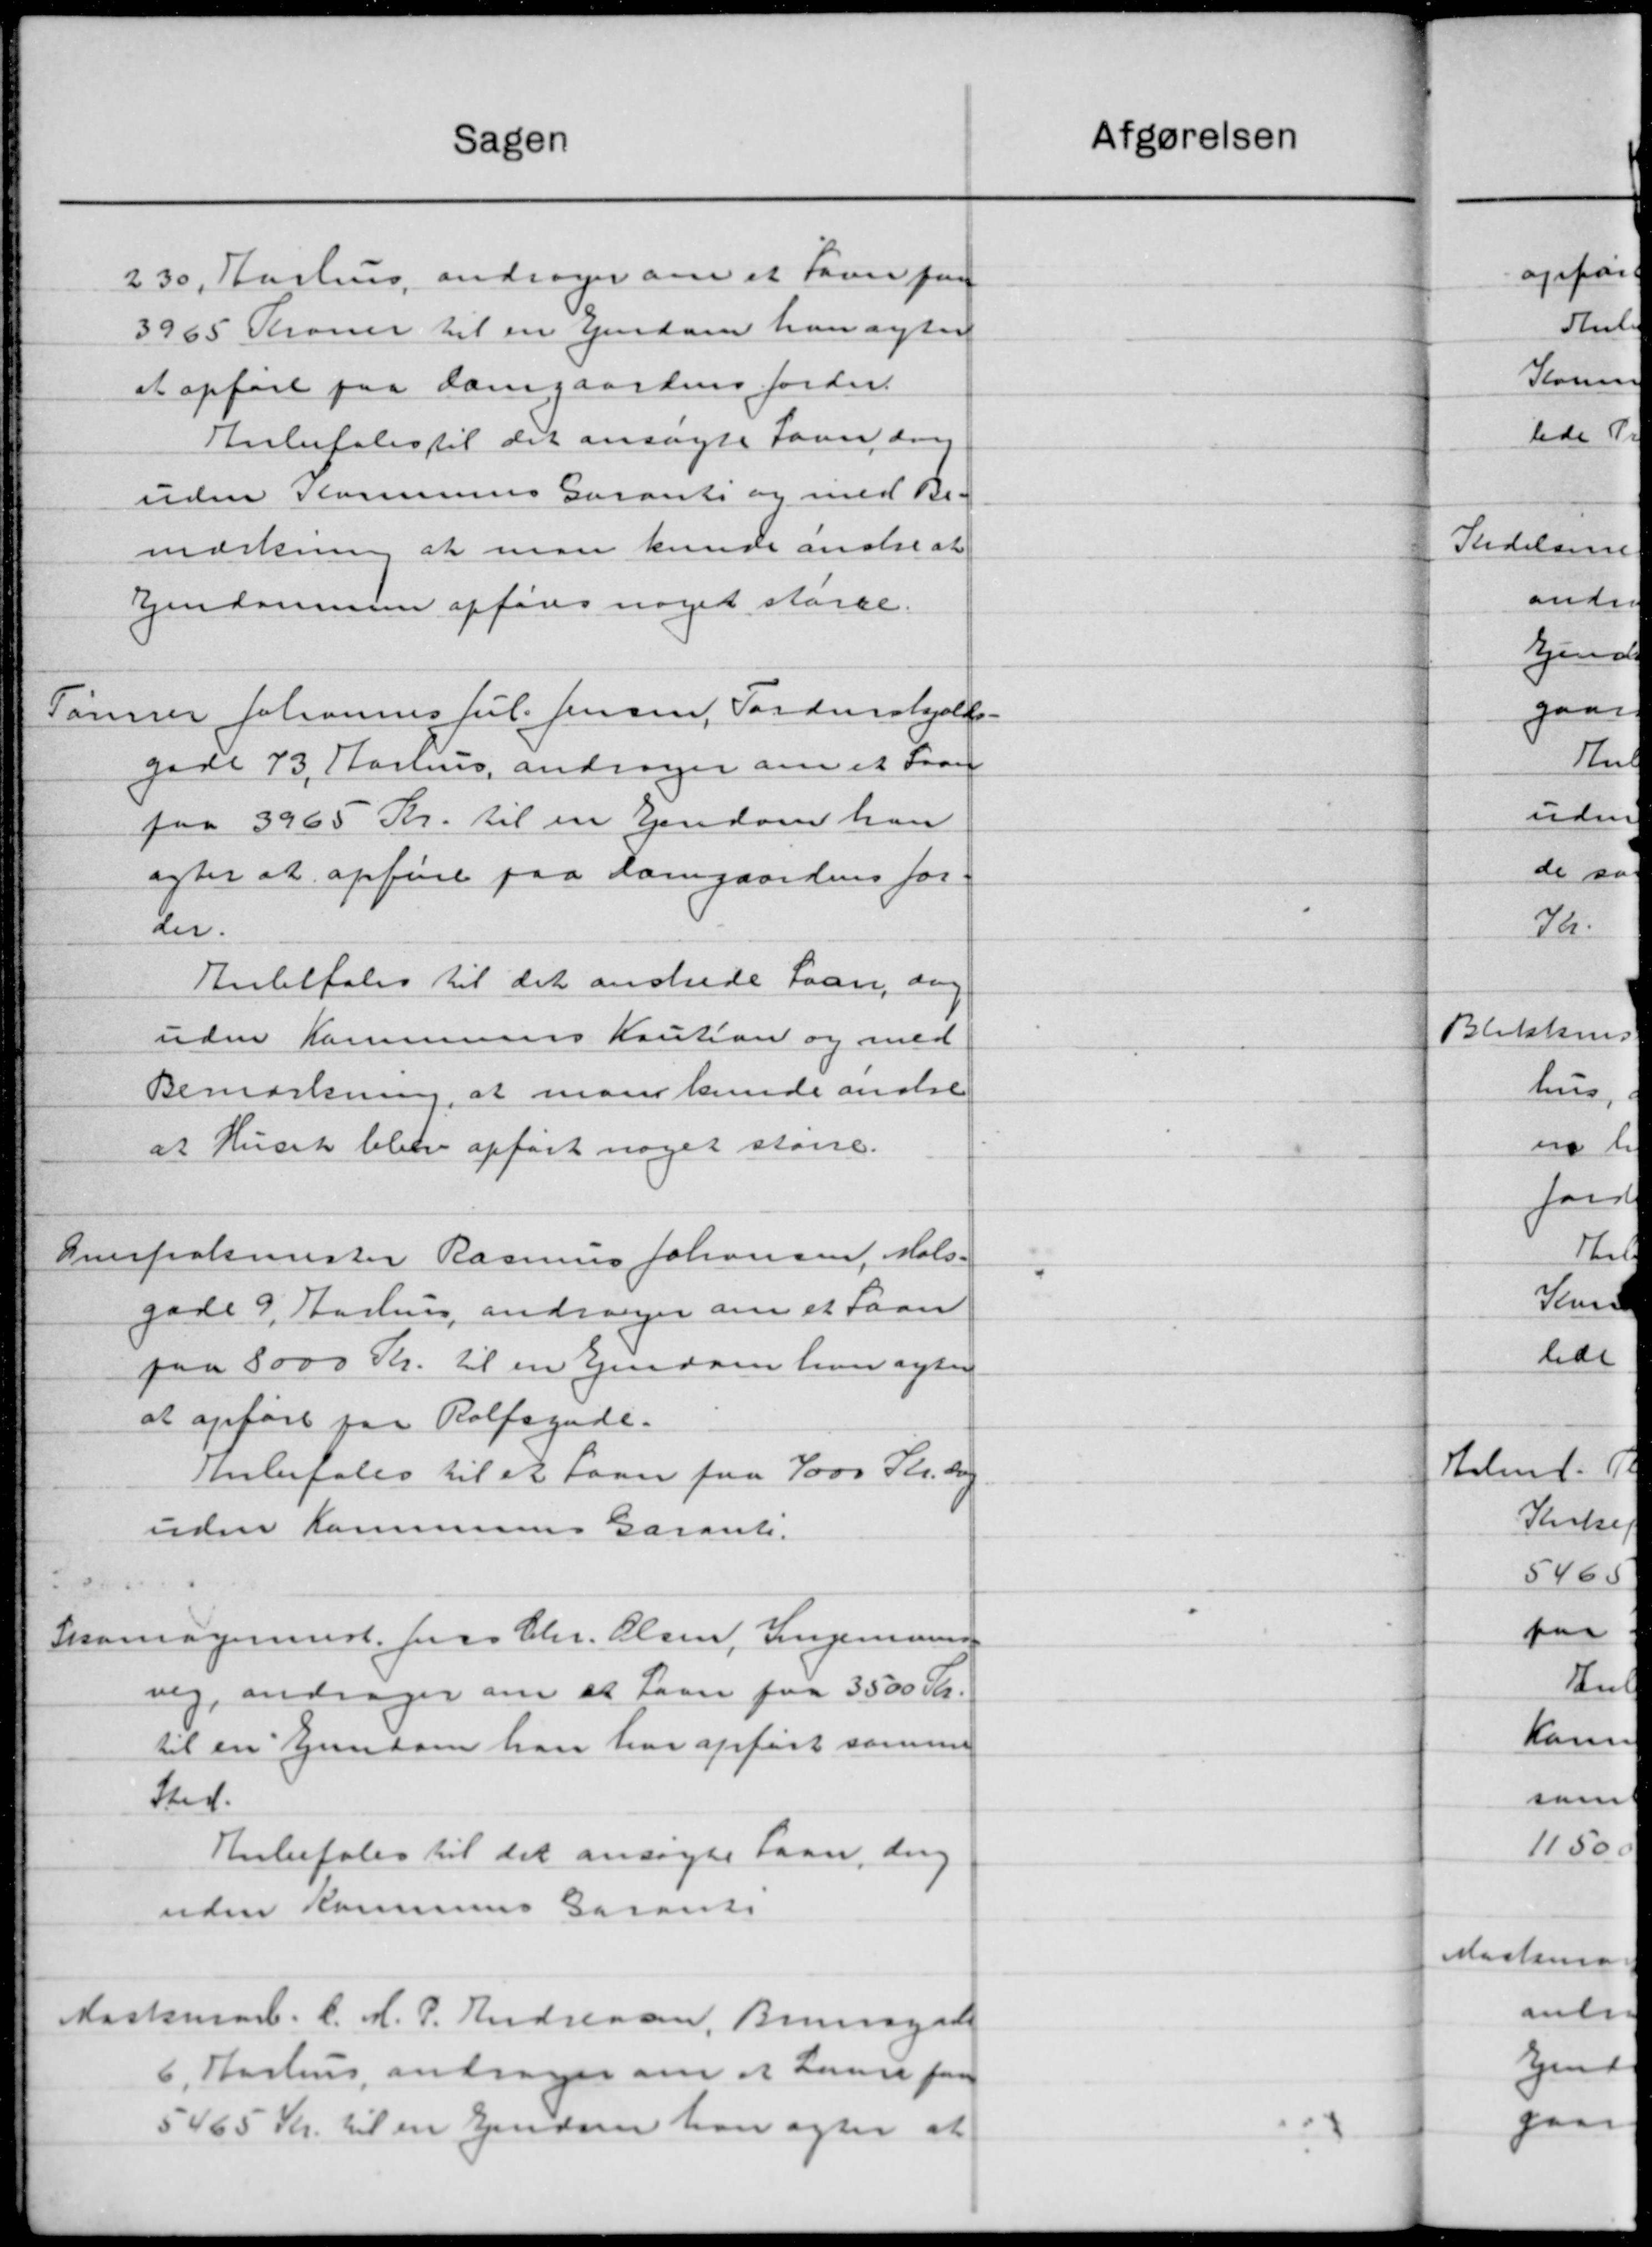
Transskription:
Sagen
230, Aarhus andrager om et Favn paa
3965 Kroner til en Ejendom han agted
at opføre paa Damgaardens forde.
Anbefales til det ansøgte Fornavng
uden Kommunes Garanti og med Be-
mærkning at man kunde anelse at
Ejendommen opføres noget stærke.
Tømrer Johannes Jul. Jensen, Tordenskjold-
gade 73, Aarhus andrager om et Svan
paa 3965 Kr. til en Ejendom han
agter at opføre paa Damgaardens for-
der.
Anbefales til det anskede Laan, ang.
uden Kommunes Kaution og med
Bemærkning, at man kunde andre
at Huset bleve opført noget større.
Auerfraksmester Rasmus Johansen, Mals-
gade 9, Aarhus andrager om et Laan
paa 8000 Kr. til en Ejendom hver agter
at opføre paa Rolfsynde.
Anbefales til et Laan fra 7000 Kr. dog
uden Kommunes Garants.
Skomagermeste Jens Chr. Olsen, Ingemann
vig, andrager om at som paa 3500 Kr.
til en Ejendom han har opført samme
Sted.
Anbefales til det ansøgte Laan, ang
uden Kommunes Garants
Maskinarb. C. M. P. Andreasen, Brunsgaa
6. Aarhus andrager om et Laure faa
5465 Kr. til en Ejendom han agter at